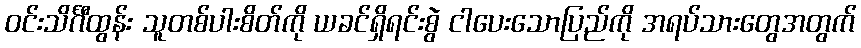
ဝင်းသိင်္ဂီထွန်း သူတစ်ပါးစိတ်ကို ယခင်ရှိရင်းစွဲ ငါပေးသောပြည်ကို အရပ်သားတွေအတွက်